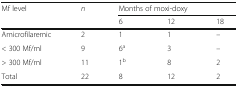
<table><thead><tr><td rowspan="2"><b>Mf level</b></td><td><b><i>n</i></b></td><td colspan="3"><b>Months of moxi-doxy</b></td></tr><tr><td></td><td><b>6</b></td><td><b>12</b></td><td><b>18</b></td></tr></thead><tbody><tr><td>Amicrofilaremic</td><td>2</td><td>1</td><td>1</td><td>–</td></tr><tr><td>&lt; 300 Mf/ml</td><td>9</td><td>6<sup>a</sup></td><td>3</td><td>–</td></tr><tr><td>&gt; 300 Mf/ml</td><td>11</td><td>1<sup>b</sup></td><td>8</td><td>2</td></tr><tr><td>Total</td><td>22</td><td>8</td><td>12</td><td>2</td></tr></tbody></table>